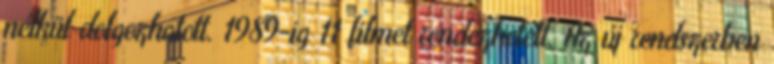
nélkül dolgozhatott. 1989-ig 11 filmet rendezhetett. Az új rendszerben